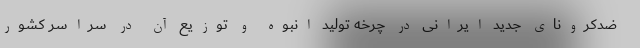
ضدکرونای جدید ایرانی در چرخه تولید انبوه و توزیع آن در سراسر کشور